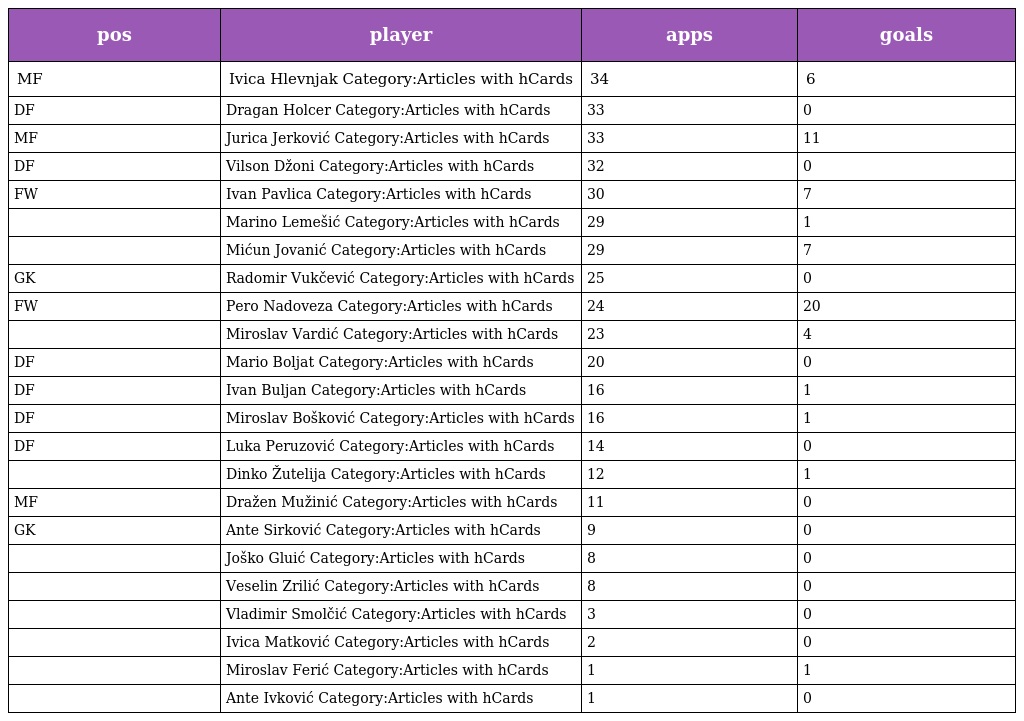
| pos | player | apps | goals |
 | --- | --- | --- | --- |
 | MF | Ivica Hlevnjak Category:Articles with hCards | 34 | 6 |
 | DF | Dragan Holcer Category:Articles with hCards | 33 | 0 |
 | MF | Jurica Jerković Category:Articles with hCards | 33 | 11 |
 | DF | Vilson Džoni Category:Articles with hCards | 32 | 0 |
 | FW | Ivan Pavlica Category:Articles with hCards | 30 | 7 |
 |  | Marino Lemešić Category:Articles with hCards | 29 | 1 |
 |  | Mićun Jovanić Category:Articles with hCards | 29 | 7 |
 | GK | Radomir Vukčević Category:Articles with hCards | 25 | 0 |
 | FW | Pero Nadoveza Category:Articles with hCards | 24 | 20 |
 |  | Miroslav Vardić Category:Articles with hCards | 23 | 4 |
 | DF | Mario Boljat Category:Articles with hCards | 20 | 0 |
 | DF | Ivan Buljan Category:Articles with hCards | 16 | 1 |
 | DF | Miroslav Bošković Category:Articles with hCards | 16 | 1 |
 | DF | Luka Peruzović Category:Articles with hCards | 14 | 0 |
 |  | Dinko Žutelija Category:Articles with hCards | 12 | 1 |
 | MF | Dražen Mužinić Category:Articles with hCards | 11 | 0 |
 | GK | Ante Sirković Category:Articles with hCards | 9 | 0 |
 |  | Joško Gluić Category:Articles with hCards | 8 | 0 |
 |  | Veselin Zrilić Category:Articles with hCards | 8 | 0 |
 |  | Vladimir Smolčić Category:Articles with hCards | 3 | 0 |
 |  | Ivica Matković Category:Articles with hCards | 2 | 0 |
 |  | Miroslav Ferić Category:Articles with hCards | 1 | 1 |
 |  | Ante Ivković Category:Articles with hCards | 1 | 0 |